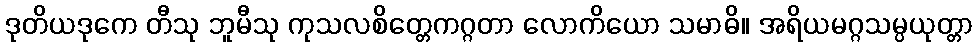
ဒုတိယဒုကေ တီသု ဘူမီသု ကုသလစိတ္တေကဂ္ဂတာ လောကိယော သမာဓိ။ အရိယမဂ္ဂသမ္ပယုတ္တာ